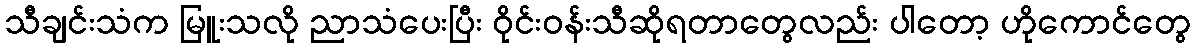
သီချင်းသံက မြူးသလို ညာသံပေးပြီး ဝိုင်းဝန်းသီဆိုရတာတွေလည်း ပါတော့ ဟိုကောင်တွေ